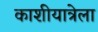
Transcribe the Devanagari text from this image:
काशीयात्रेला